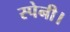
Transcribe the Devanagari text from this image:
स्पेनी।